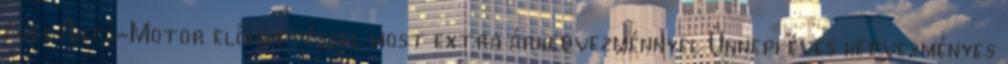
éves Autó-Motor előfizetéssel most extra árkedvezménnyel Ünnepi éves kedvezményes